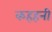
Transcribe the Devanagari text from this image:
कहहनी